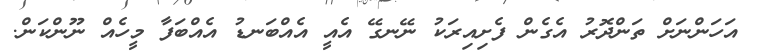
އަހަންނަށް ތަންދޮރު އެގެން ފެށިއިރަކު ނޭނގޭ އެއީ އެއްބަނޑު އެއްބަފާ މީހެއް ނޫންކަން.